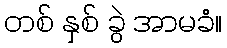
တစ် နှစ် ခွဲ အာမခံ။